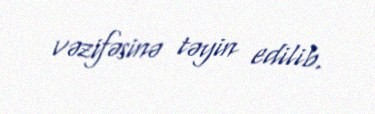
vəzifəsinə təyin edilib.